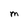
Character: M